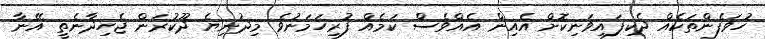
ހުވަފެންތަކެއް ދެކިފައިވަނިކޮށް އެއިން އެއްވެސް ކަމެއް ފުރިހަމަނުވެ މިދުނިޔެ ދޫކުރަން ޖެހިދާނެތީ އޭނާ